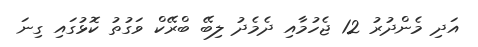
އަދި މެންދުރު 12 ޖެހުމާއި ދެމެދު ލިބޭ ބްރޭކް ވަގުތު ކޮޅުގައި ގިނަ